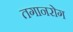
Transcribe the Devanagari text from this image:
तगानरोग